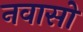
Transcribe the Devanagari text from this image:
नवासों